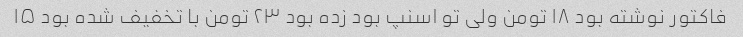
فاکتور نوشته بود ۱۸ تومن ولی تو اسنپ بود زده بود ۲۳ تومن با تخفیف شده بود ۱۵